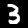
Label: 3